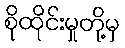
စိုထိုင်းမှုတို့မှ